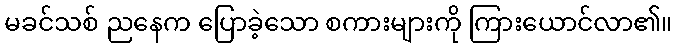
မခင်သစ် ညနေက ပြောခဲ့သော စကားများကို ကြားယောင်လာ၏။